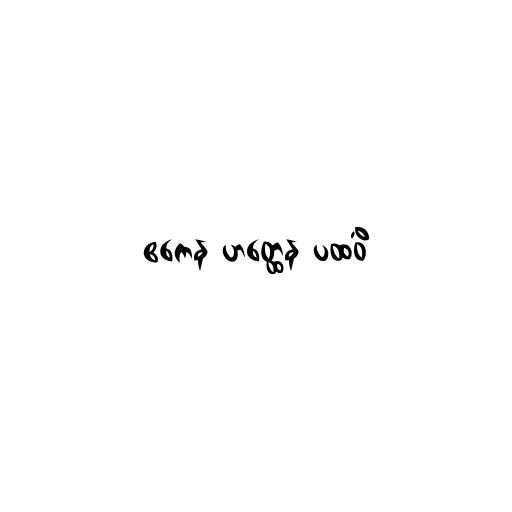
ဧကေန ဟတ္ထေန ပထဝိံ